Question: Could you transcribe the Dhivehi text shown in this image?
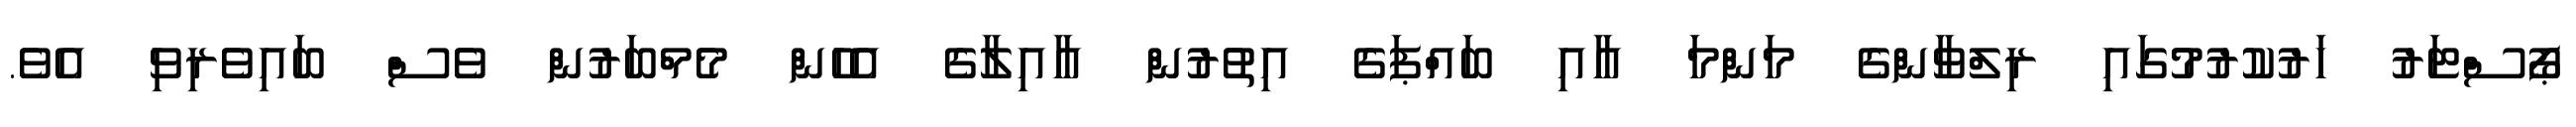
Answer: ޕޯސްޓަރު ހަރުކުރުމުގައި ރިލްވާންގެ މަންމަ އާއި ބައްޕަގެ އިތުރުން އާއިލާގެ އެހެން މެމްބަރުން ވެސް ބައިވެރިވި އެވެ.